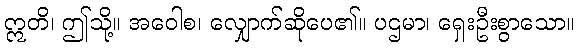
ဣတိ၊ ဤသို့။ အဝေါစ၊ လျှောက်ဆိုပေ၏။ ပဌမာ၊ ရှေးဦးစွာသော။